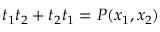
t _ { 1 } t _ { 2 } + t _ { 2 } t _ { 1 } = P ( x _ { 1 } , x _ { 2 } )